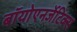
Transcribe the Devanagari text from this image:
बॉयोएनर्जेटिक्स